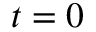
t = 0